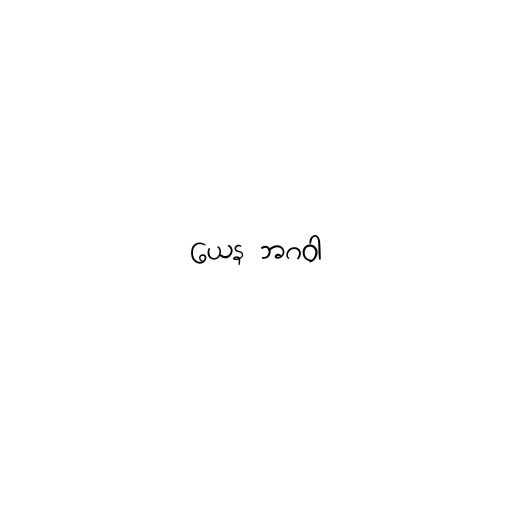
ယေန ဘဂဝါ